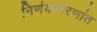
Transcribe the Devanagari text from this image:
निर्णयधोरणांत